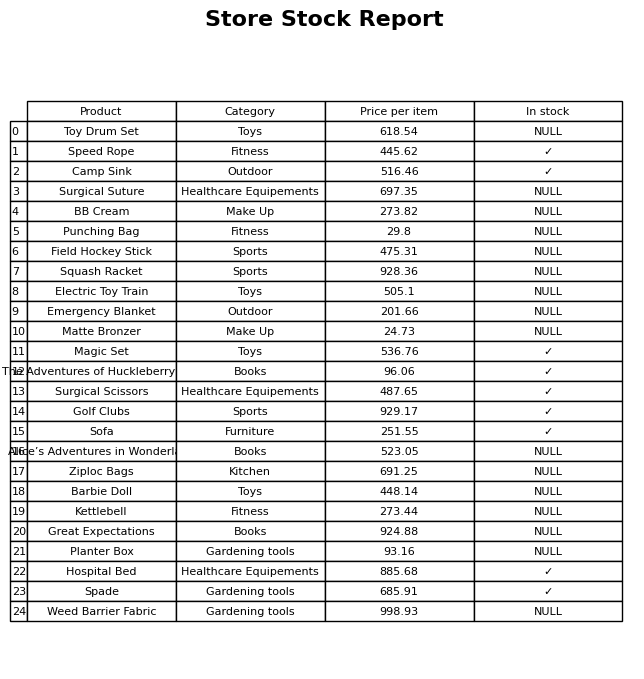
question: What category does the Magic Set belong to?
answer: Toys